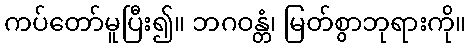
ကပ်တော်မူပြီး၍။ ဘဂဝန္တံ၊ မြတ်စွာဘုရားကို။